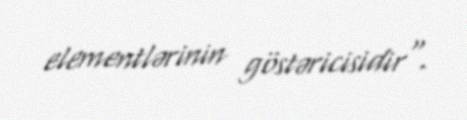
elementlərinin göstəricisidir".